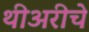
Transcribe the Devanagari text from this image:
थीअरीचे